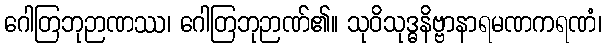
ဂေါတြဘုဉာဏဿ၊ ဂေါတြဘုဉာဏ်၏။ သုဝိသုဒ္ဓနိဗ္ဗာနာရမဏကရဏံ၊